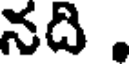
నది .